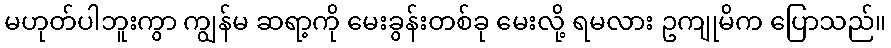
မဟုတ်ပါဘူးကွာ ကျွန်မ ဆရာ့ကို မေးခွန်းတစ်ခု မေးလို့ ရမလား ဥကျုမိက ပြောသည်။